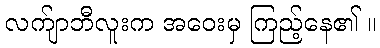
လက်ျာဘီလူးက အဝေးမှ ကြည့်နေ၏ ။